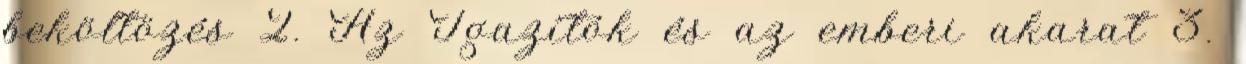
beköltözés 2. Az Igazítók és az emberi akarat 3.